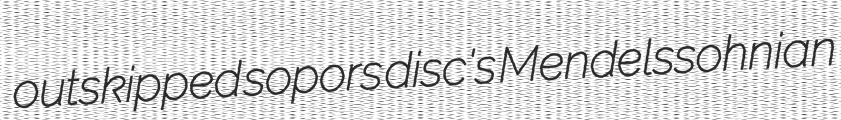
outskipped sopors disc's Mendelssohnian